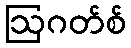
ဩဂတ်စ်